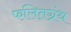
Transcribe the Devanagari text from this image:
फलितग्रंथ